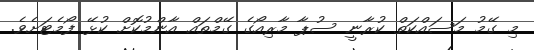
މި ގޭމު މަސައްކަތް ކުރާނީ ސުޕާ މާރިއޯގެ ގޭމްތައް އާންމުކޮށް ކުޅޭ ފޯމެޓަށެވެ.